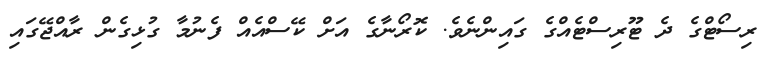
ރިސޯޓްގެ ދެ ޓޫރިސްޓެއްގެ ގައިންނެވެ. ކޮރޯނާގެ އަށް ކޭސްއެއް ފެނުމާ ގުޅިގެން ރާއްޖޭގައި